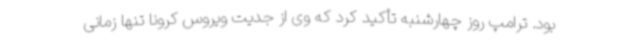
بود. ترامپ روز چهارشنبه تأکید کرد که وی از جدیت ویروس کرونا تنها زمانی